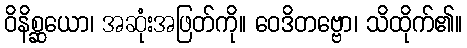
ဝိနိစ္ဆယော၊ အဆုံးအဖြတ်ကို။ ဝေဒိတဗ္ဗော၊ သိထိုက်၏။